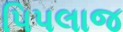
પિપલાજ